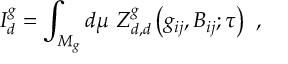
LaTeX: I _ { d } ^ { g } = \int _ { { \cal { M } } _ { g } } d \mu ~ Z _ { d , d } ^ { g } \left( g _ { i j } , B _ { i j } ; \tau \right) \ ,